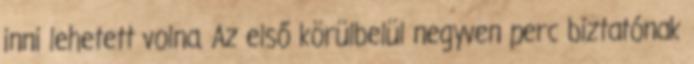
inni lehetett volna. Az első körülbelül negyven perc biztatónak